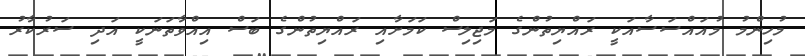
މުހިންމު މުއައްސަސާއަކީ ރައްޔިތުންގެ މަޖިލިސް ކަމަށާއި ރައްޔިތުންގެ ބަސް އިއްވާތަނަކީ އަދި ސަރުކާރު